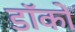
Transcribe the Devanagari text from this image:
डॉकों